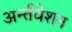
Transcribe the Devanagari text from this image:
अर्न्तवेशन